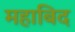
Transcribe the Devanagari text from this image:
महाबिद